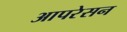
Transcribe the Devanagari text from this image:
आपरेसन